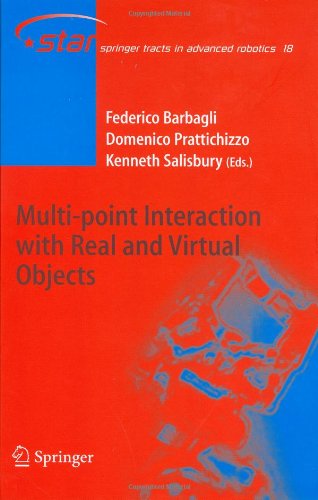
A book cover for Multi-point Interaction with Real and Virtual Objects (Springer Tracts in Advanced Robotics); Computers & Technology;